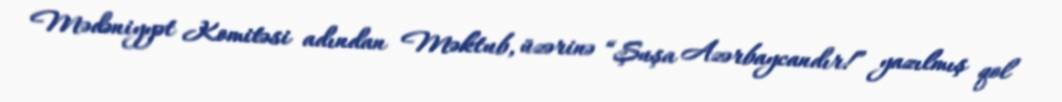
Mədəniyyət Komitəsi adından Məktub, üzərinə “Şuşa Azərbaycandır!” yazılmış qol